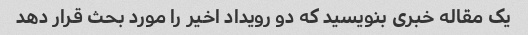
یک مقاله خبری بنویسید که دو رویداد اخیر را مورد بحث قرار دهد